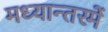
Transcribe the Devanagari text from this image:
मध्यान्तरमें